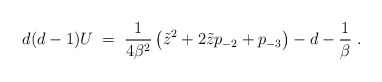
\begin{align*}d(d-1)U\;=\;{1\over 4\beta^2}\left(\tilde{z}^2+2\tilde{z}p_{-2}+p_{-3}\right) -d -{1\over \beta}\;.\end{align*}